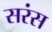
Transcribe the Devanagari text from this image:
सरंस